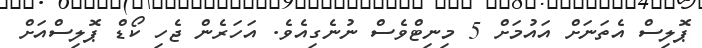
ޕޮލިސް އެތަނަށް އައުމަށް 5 މިނިޓްވެސް ނުނެގިއެވެ. އަހަރެން ޖެހި ކޯޑް ޕޮލިސްއަށް